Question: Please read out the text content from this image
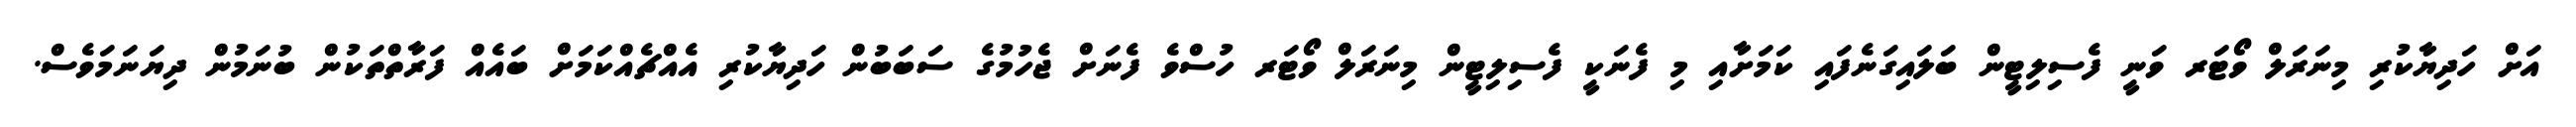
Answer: އަށް ހަދިޔާކުރި މިނަރަލް ވޯޓަރ ވަނީ ފެސިލިޓީން ބަލައިގަނެފައި ކަމަށާއި މި ފެނަކީ ފެސިލިޓީން މިނަރަލް ވޯޓަރ ހުސްވެ ފެނަށް ޖެހުމުގެ ސަބަބުން ހަދިޔާކުރި އެއްޗެއްކަމަށް ބައެއް ފަރާތްތަކުން ބުނަމުން ދިޔަނަމަވެސް.